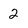
Character: 2